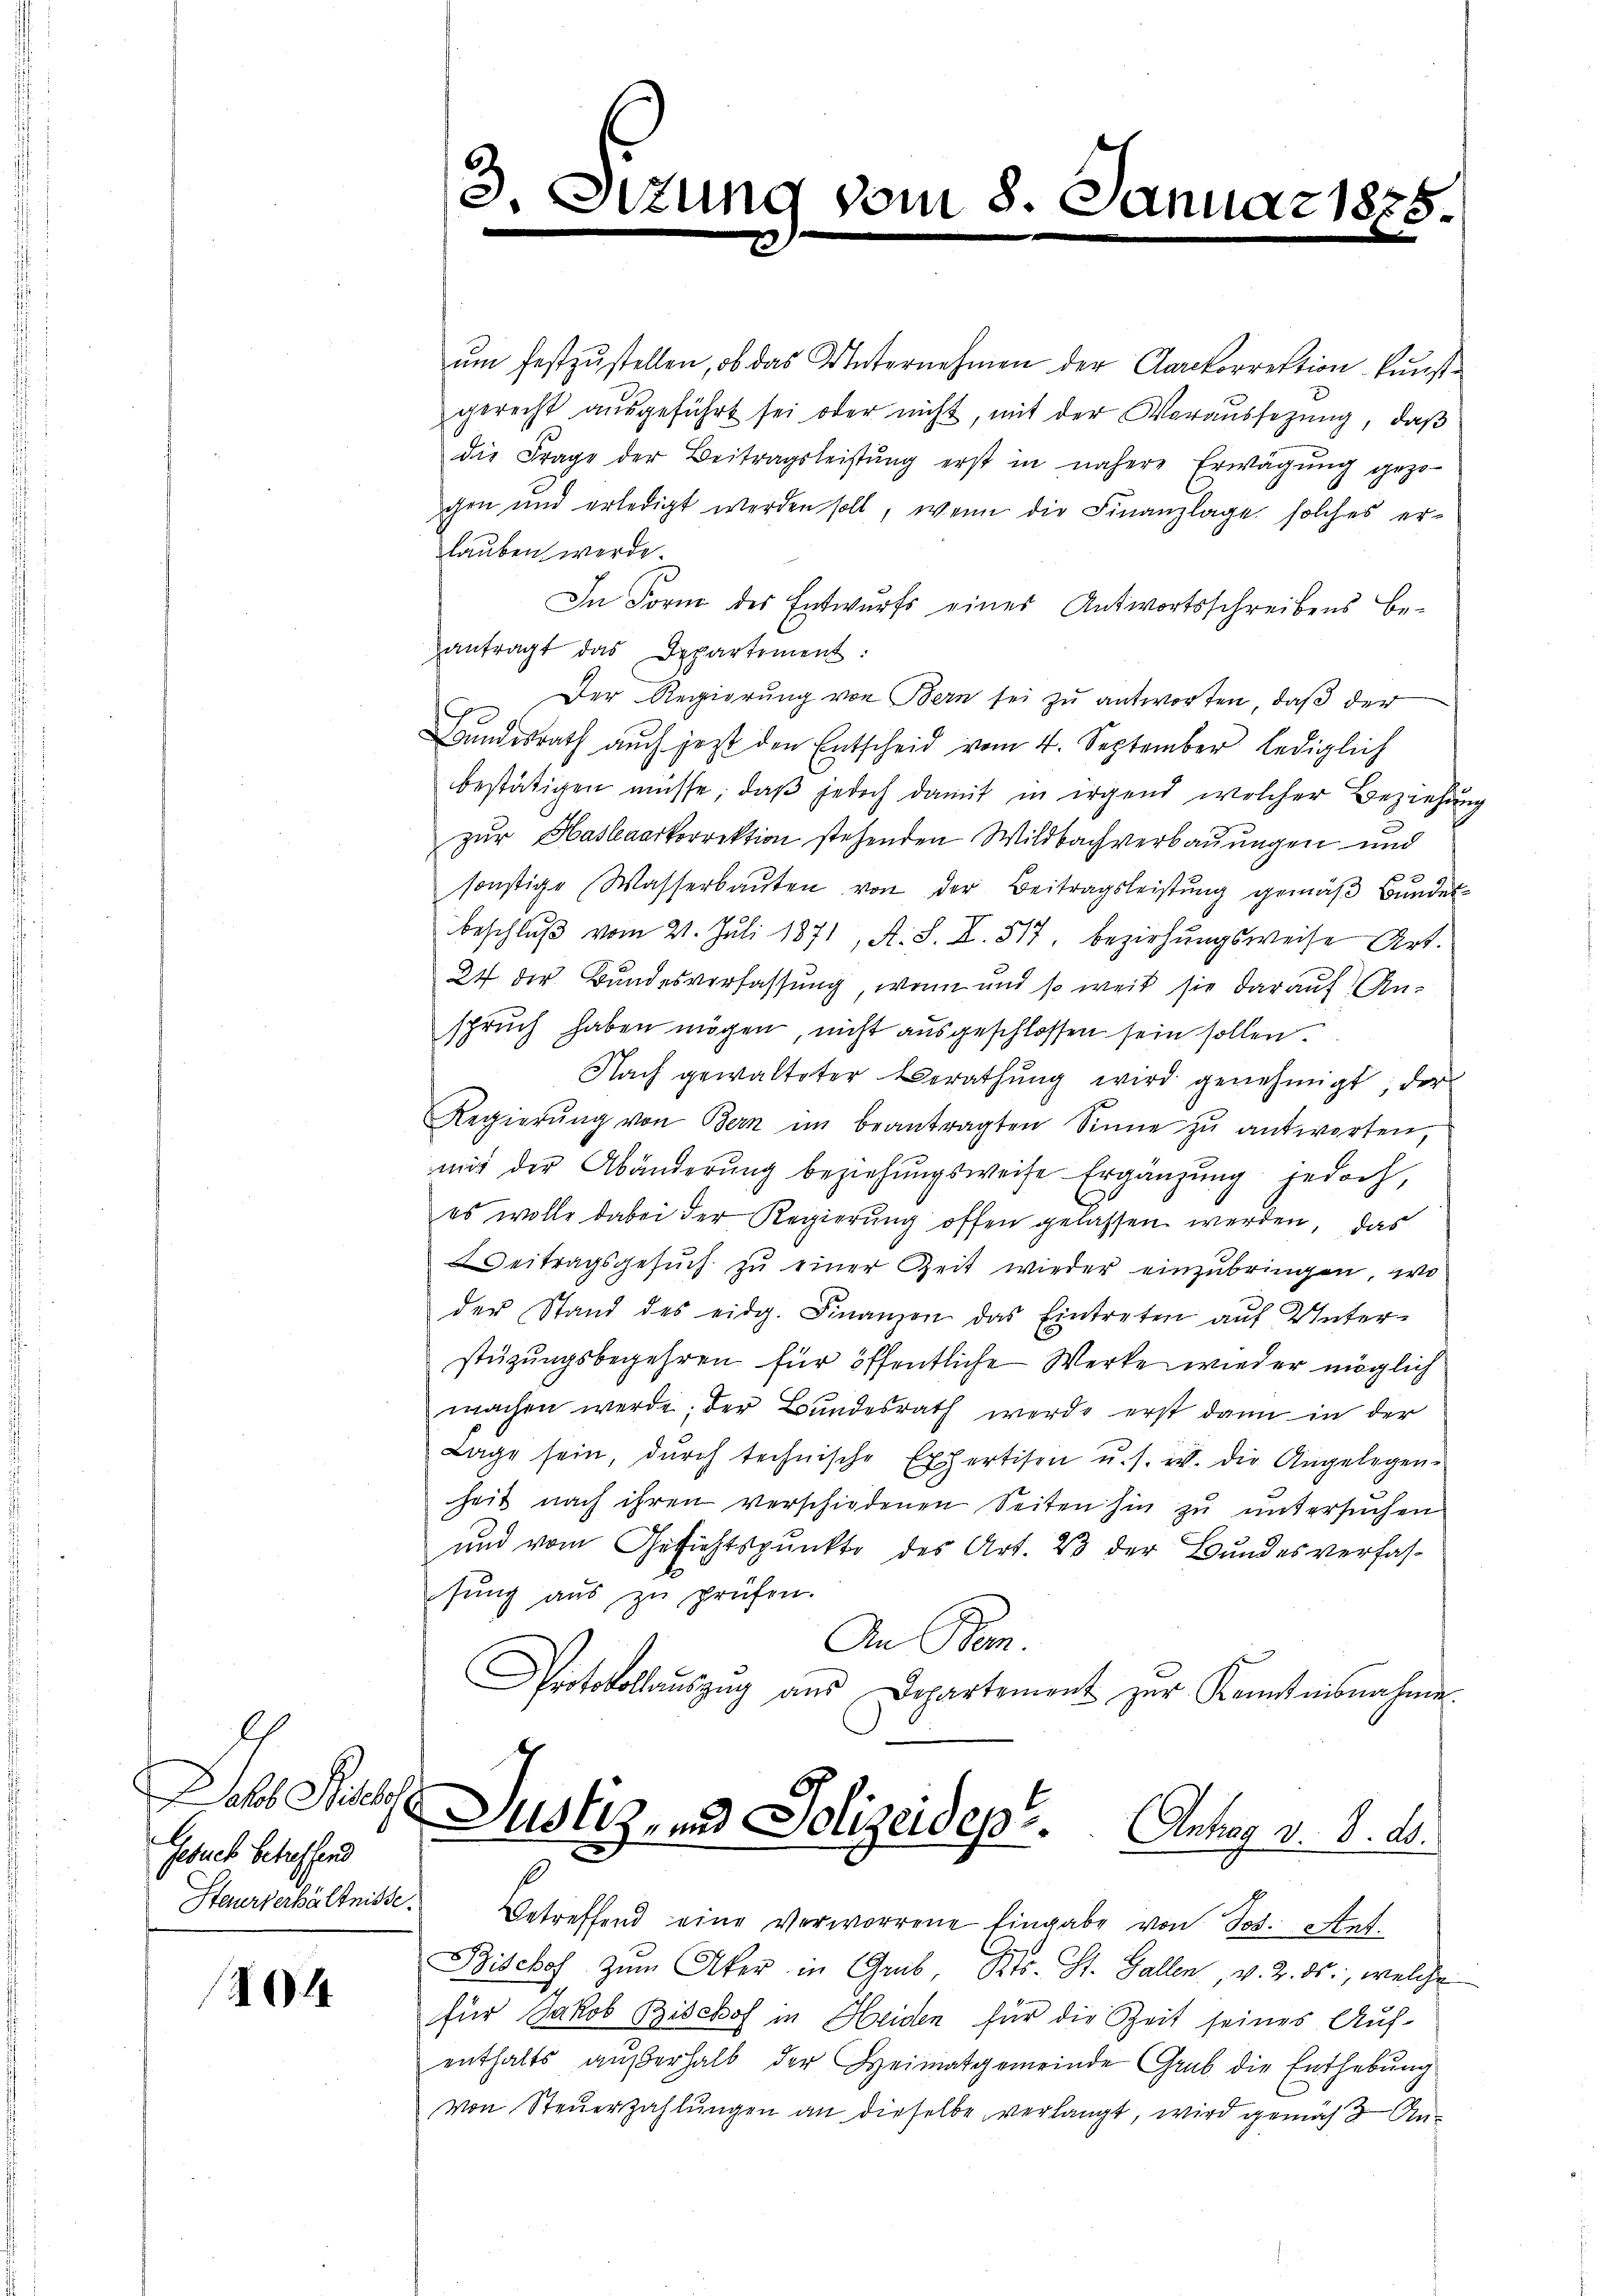
Jakob Siehst
Gesuch betreffend

A

ŭm festzŭstellen, ob das Unternehmen der Aarkorrektion kunst-
gerecht ausgeführt sei oder nicht, mit der Voraussezung, daß
die Frage der Beitragsleistŭng erst in nähere Erwägŭng gezo-
gen und erledigt werden soll, wenn die Finanzlage solches er-
lauben werde.
In Form des Entwurfs eines Antwortsschreibens be-
antragt das Departement:
Der Regierung von Bern sei zu antworten, daß der
Bundesrath auch jezt den Entscheid vom 4. September lediglich
bestätigen müsse, daß jedoch damit in irgend welcher Beziehung
zur Haslaarkorrektion stehenden Wildbachverbauungen und
sonstige Wasserbaŭten von der Beitragsleistŭng gemäβ Bundesbeschlŭβ vom 21. Juli 1871, A. S. I. 517, beziehŭngsweise Art.
24 der Bundesverfassung, wenn und so weit sie darauf Anspruch haben mögen, nicht ausgeschlossen sein sollen.
Nach gewalteter Berathŭng wird genehmigt; der
Regierŭng von Bern im beantragten Sinne zu antworten,
mit der Abänderŭng beziehŭngsweise Ergänzŭng jedoch,
es wolle dabei der Regierung offen gelassen werden, das
eitragsgesŭch zŭ einer Zeit wieder einzŭbringen, wo
der Stand des eidg. Finanzen das Eintreten aŭf Unter-
stüzungsbegehren für öffentliche Werke wieder möglich
machen werde; der Bundesrath werde erst dann in der
Lage sein, dŭrch technische Expertisen u. s. w. die Angelegen-
heit nach ihren verschiedenen Seiten hin zŭ ŭntersŭchen
und vom Gesichtspunkte des Art. 23 der Bundesverfassŭng aŭs zŭ prüfen.
An Bem
Protokollaŭszŭg aŭs Departement zur Kenntnisnahme
6

3.

zun

vom 8. Januar 1875.

Steuerverhältnisse. Betreffend eine verworrene Eingabe von Jos. Auf-
Bischof zŭm Aker in Grub, Kts. St. Gallen, v. 2. ds., welche
für Jakob Bischof in Heiden für die Zeit seines Auf-
enthalts außerhalb der Heimatgemeinde Grab die Enthebung
von Steuerzahlungen an dieselbe verlangt, wird gemäß An¬

Justiz- und Polizeidep . . . . . . .   Antrag v. 8. d.